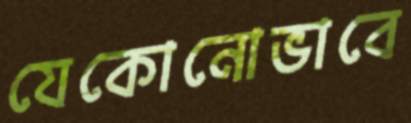
যেকোনোভাবে